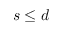
s \leq d